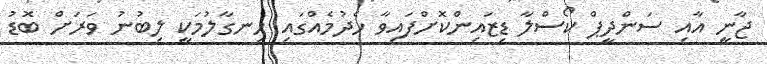
ޖާނީ އާއި ސަންދީޕް ކޯސްލާ ޑިޒައިންކޮށްފައިވާ ހެދުމެއްގައި ހިނގާލުމަކީ ލިބުނު ވަރަށް ބޮޑު